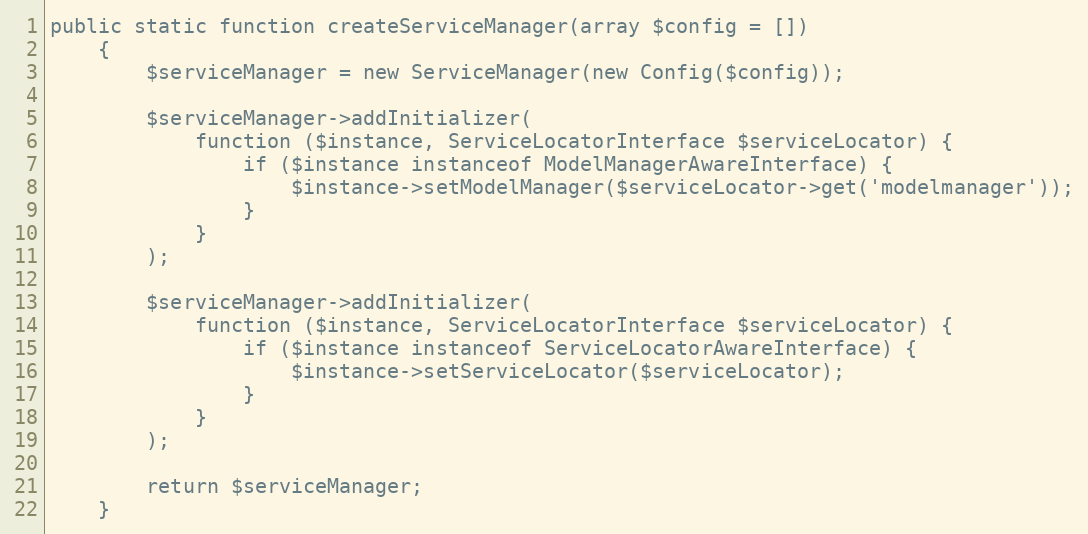
Language: PHP
public static function createServiceManager(array $config = [])
    {
        $serviceManager = new ServiceManager(new Config($config));

        $serviceManager->addInitializer(
            function ($instance, ServiceLocatorInterface $serviceLocator) {
                if ($instance instanceof ModelManagerAwareInterface) {
                    $instance->setModelManager($serviceLocator->get('modelmanager'));
                }
            }
        );

        $serviceManager->addInitializer(
            function ($instance, ServiceLocatorInterface $serviceLocator) {
                if ($instance instanceof ServiceLocatorAwareInterface) {
                    $instance->setServiceLocator($serviceLocator);
                }
            }
        );

        return $serviceManager;
    }